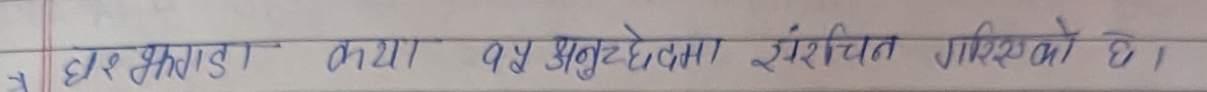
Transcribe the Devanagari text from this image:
घरझाडा तथा १४ अनुदेघमा संरक्षित गरिएको छ ।